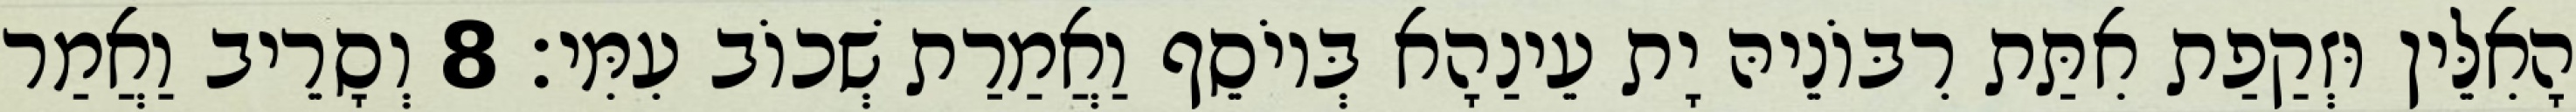
הָאִלֵּין וּזְקַפַת אִתַּת רִבּוֹנֵיהּ יָת עֵינַהָא בְּיוֹסֵף וַאֲמַרַת שְׁכוֹב עִמִּי׃ 8 וְסָרֵיב וַאֲמַר